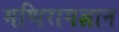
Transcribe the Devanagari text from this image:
मणिरागज्ञान